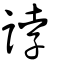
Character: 誖